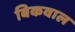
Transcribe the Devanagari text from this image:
बिकवाल